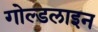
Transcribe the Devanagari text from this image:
गोल्डलाइन